Plague in India, 1896, 1897 - Volume 2
Year: 1896
Disease focus: Plague
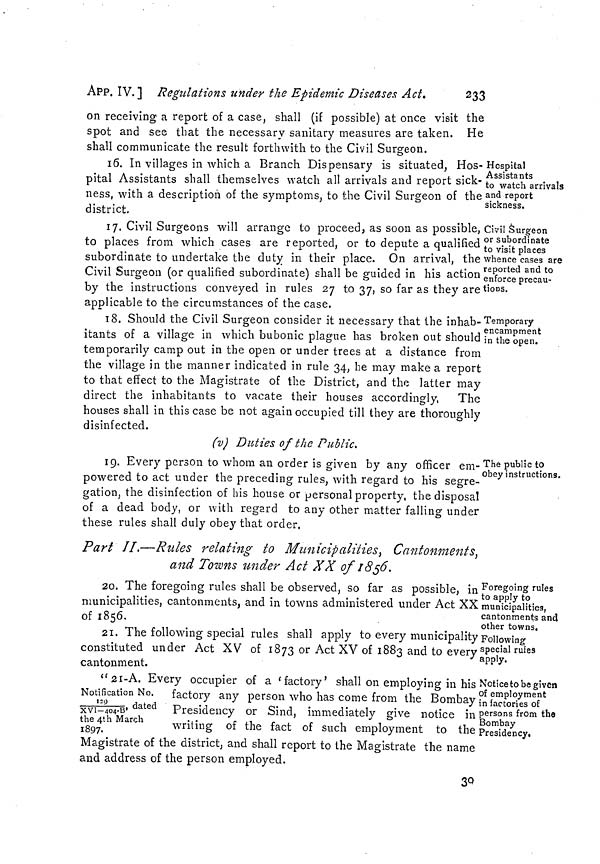
233
APP. IV.] Regulations under the Epidemic Diseases Act.
on receiving a report of a case, shall (if possible) at once visit the
spot and see that the necessary sanitary measures are taken. He
shall communicate the result forthwith to the Civil Surgeon.
Hospital
Assistants
to watch arrivals
and report
sickness.
16. In villages in which a Branch Dispensary is situated, Hos-
pital Assistants shall themselves watch all arrivals and report sick-
ness, with a description of the Symptoms, to the Civil Surgeon of the
district.
Civil Surgeon
or subordinate
to visit places
whence cases are
reported and to
enforce precau-
tions.
17. Civil Surgeons will arrange to proceed, as soon as possible,
to places from which cases are reported, or to depute a qualified
subordinate to undertake the duty in their place. On arrival, the
Civil Surgeon (or qualified subordinate) shall be guided in his action
by the instructions conveyed in rules 27 to 37, so far as they are
applicable to the circumstances of the case.
Temporary
encampment
in the open.
18. Should the Civil Surgeon consider it necessary that the inhab-
itants of a village in which bubonic plague has broken out should
temporarily camp out in the open or under trees at a distance from
the village in the manner indicated in rule 34, he may make a report
to that effect to the Magistrate of the District, and the latter may
direct the inhabitants to vacate their houses accordingly, The
houses shall in this case be not again occupied till they are thoroughly
disinfected.
(v) Duties of the Public.
The public to
obey instructions.
19. Every person to whom an order is given by any officer em-
powered to act under the preceding rules, with regard to his segre-
gation, the disinfection of his house or personal property, the disposal
of a dead body, or with regard to any other matter falling under
these rules shall duly obey that order.
Part II.—Ritles relating to Municipalities, Cantonments,
and Towns under Act XX of 1856.
Foregoing rules
to apply to
municipalities,
cantonments and
other towns.
20. The foregoing rules shall be observed, so far as possible, in
municipalities, cantonments, and in towns administered under Act XX
of 1856.
Following
special rules
apply.
21. The following special rules shall apply to every municipality
constituted under Act XV of 1873 or Act XV of 1883 and to every
cantonment.
Notice to be given
of employment
in factories of
persons from the
Bombay
Presidency,
"2I-A. Every occupier of a 'factory' shall on employing in his
Notification No. factory any person who has come from the Bombay
129/XVI-404-B, dated Presidency or Sind, immediately give notice in !
the 4th March
;
1897.
writing of the fact of such employment to
the
Magistrate of the district, and shall report to the Magistrate the name
and address of the person employed.
30